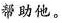
帮助他。